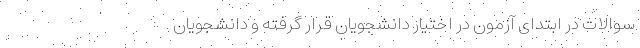
سوالات در ابتدای آزمون در اختیار دانشجویان قرار گرفته و دانشجویان